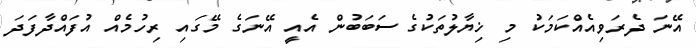
އޭނަ ދެރަވިއެއްކަމަކު މި ޚިޔާލުތަކުގެ ސަބަބުން އެއީ އޭނަގެ މޭގައި ރިހުމެއް އުފައްދާފަދަ